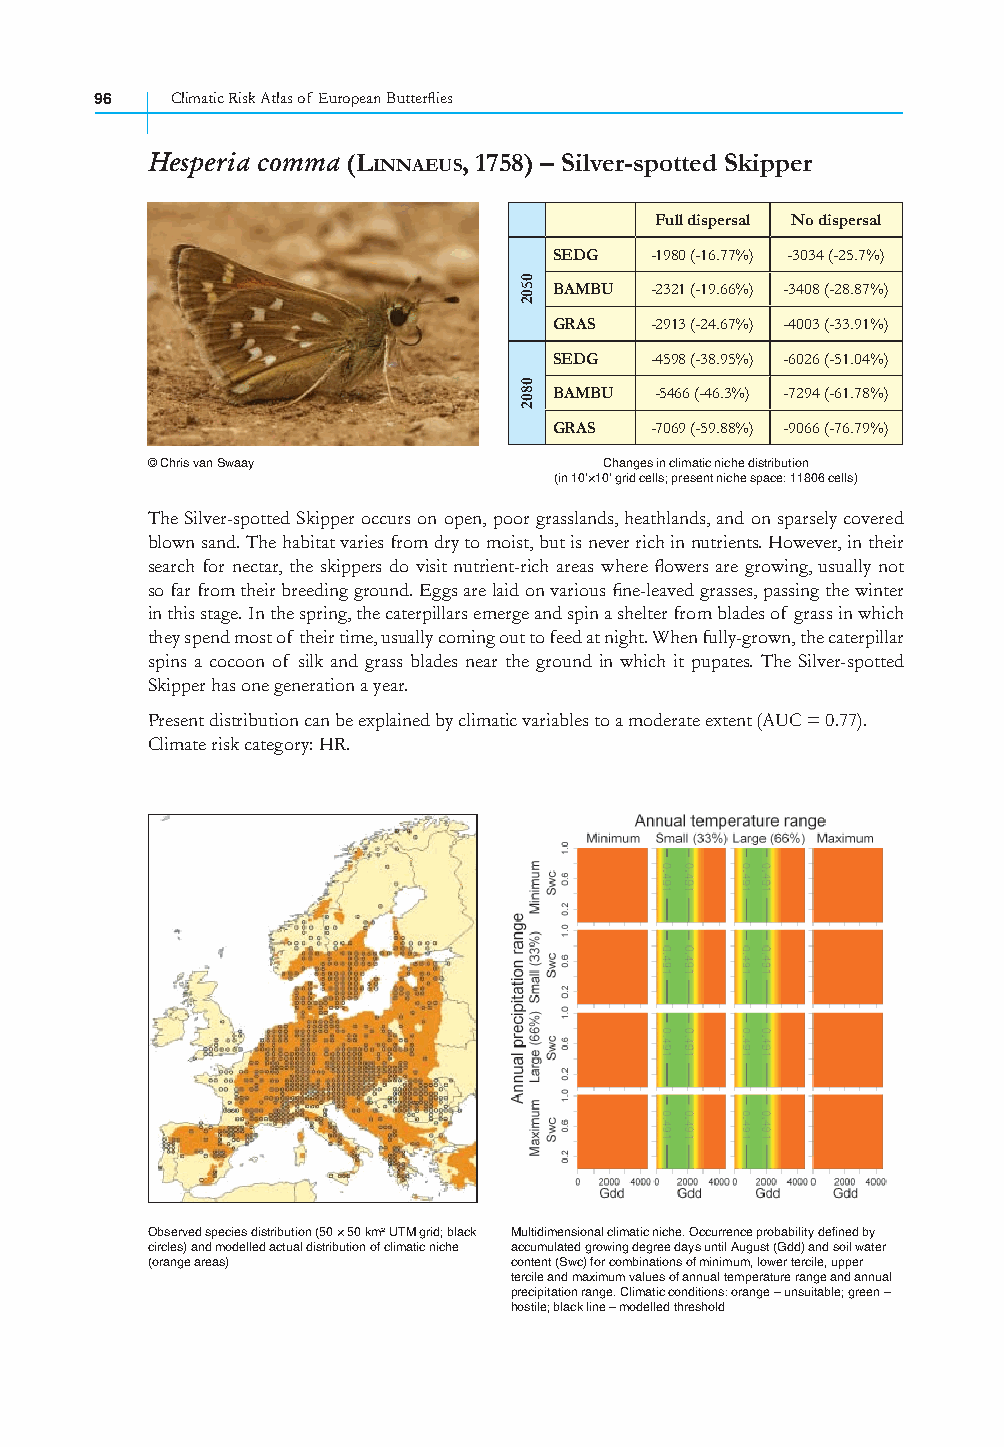
96   Climatic Risk Atlas of European Butterfl ies
 Hesperia comma (LINNAEUS, 1758) – Silver-spotted Skipper
 Full dispersal No dispersal
 SEDG  -1980 (-16.77%) -3034 (-25.7%)
 BAMBU -2321 (-19.66%) -3408 (-28.87%)
 GRAS  -2913 (-24.67%) -4003 (-33.91%)
 SEDG  -4598 (-38.95%) -6026 (-51.04%)
 BAMBU -5466 (-46.3%) -7294 (-61.78%)
 GRAS  -7069 (-59.88%) -9066 (-76.79%)
 © Chris van Swaay             Changes in climatic niche distribution
 (in 10’×10’ grid cells; present niche space: 11806 cells)
 The Silver-spotted Skipper occurs on open, poor grasslands, heathlands, and on sparsely covered
 blown sand. The habitat varies from dry to moist, but is never rich in nutrients. However, in their
 search for nectar, the skippers do visit nutrient-rich areas where fl owers are growing, usually not
 so far from their breeding ground. Eggs are laid on various fi ne-leaved grasses, passing the winter
 in this stage. In the spring, the caterpillars emerge and spin a shelter from blades of grass in which
 they spend most of their time, usually coming out to feed at night. When fully-grown, the caterpillar
 spins a cocoon of silk and grass blades near the ground in which it pupates. The Silver-spotted
 Skipper has one generation a year.
 Present distribution can be explained by climatic variables to a moderate extent (AUC = 0.77).
 Climate risk category: HR.
 Observed species distribution (50 × 50 km² UTM grid; black Multidimensional climatic niche. Occurrence probability defined by
 circles) and modelled actual distribution of climatic niche accumulated growing degree days until August (Gdd) and soil water
 (orange areas)          content (Swc) for combinations of minimum, lower tercile, upper
 tercile and maximum values of annual temperature range and annual
 precipitation range. Climatic conditions: orange – unsuitable; green –
 hostile; black line – modelled threshold
 0502
 0802